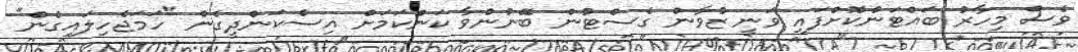
ވެސް މިހާރު ބައްޓަންކޮށްފައި ވަނީ ޒުވާން ގެސްޓުން ބޭނުންވާ ކަންކަމަށް އިސްކަންދީގެން "ހަމަޖެހިލައިގެން"